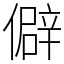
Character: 僻